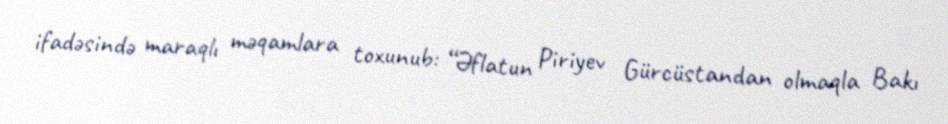
ifadəsində maraqlı məqamlara toxunub: “Əflatun Piriyev Gürcüstandan olmaqla Bakı